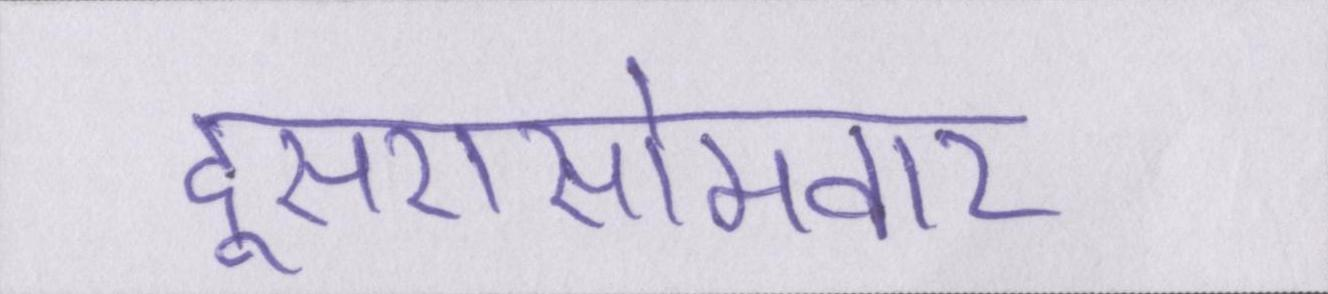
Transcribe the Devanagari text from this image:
दूसरासोमवार